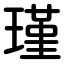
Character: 瑾